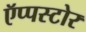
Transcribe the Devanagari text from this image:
ऍप्पस्टोर